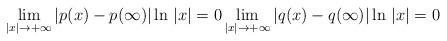
LaTeX: \begin{align*} \lim_{|x|\to +\infty} |p(x)-p(\infty)|\ln\,|x|=0 \lim_{|x|\to +\infty} |q(x)-q(\infty)|\ln\,|x|=0\end{align*}